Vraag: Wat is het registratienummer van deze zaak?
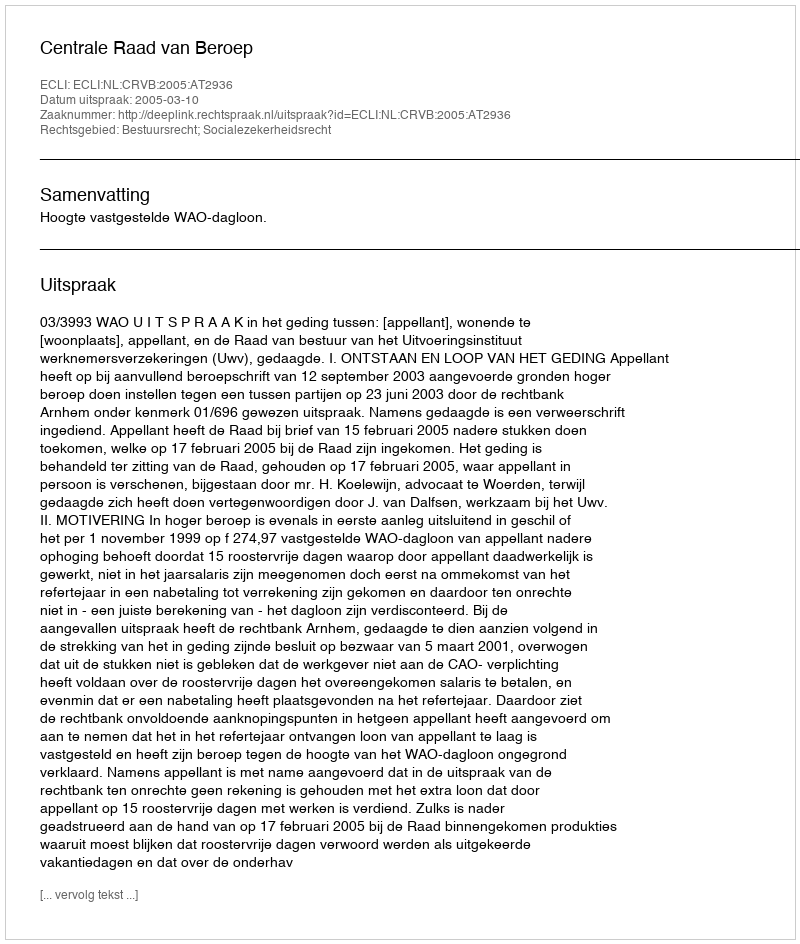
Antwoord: http://deeplink.rechtspraak.nl/uitspraak?id=ECLI:NL:CRVB:2005:AT2936